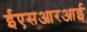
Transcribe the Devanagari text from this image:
ईएसआरआई